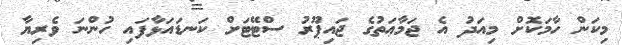
މިކަން ހާމަކޮށް މިއަދު އެ ޖަމާޢަތުގެ ޖައިޕޫރު ސްޓޭޓަށް ކަނޑައަޅާފައި ހުންނަ ވެރިޔާ